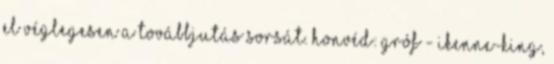
el véglegesen a továbbjutás sorsát. Honvéd: Gróf - Ikenne-King,